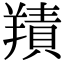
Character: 𦎸